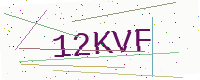
Text: 12KVF